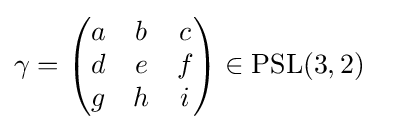
\gamma ={\begin{pmatrix}a&b&c\\d&e&f\\g&h&i\end{pmatrix}}\in {\text{PSL}}(3,2)\ \